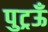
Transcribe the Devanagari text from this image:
पुट्रऊँ